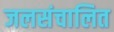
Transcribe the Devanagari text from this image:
जलसंचालित